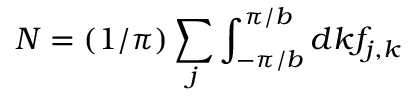
N = ( 1 / \pi ) \sum _ { j } \int _ { - \pi / b } ^ { \pi / b } d k f _ { j , k }